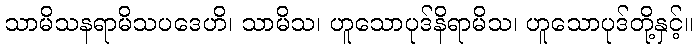
သာမိသနရာမိသပဒေဟိ၊ သာမိသ၊ ဟူသောပုဒ်နိရာမိသ၊ ဟူသောပုဒ်တို့နှင့်။